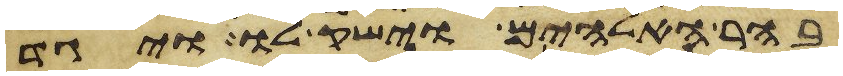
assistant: בהר האלהים וישק לו ויגד